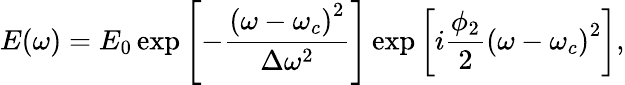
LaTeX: E(\omega)=E_{0}\exp\left[-\frac{\left(\omega-\omega_{c}\right)^{2}}{\Delta\omega^{2}}\right]\exp\left[i\frac{\phi_{2}}{2}\left(\omega-\omega_{c}\right)^{2}\right],